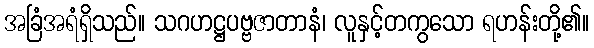
အခြံအရံရှိသည်။ သဂဟဋ္ဌပဗ္ဗဇာတာနံ၊ လူနှင့်တကွသော ရဟန်းတို့၏။